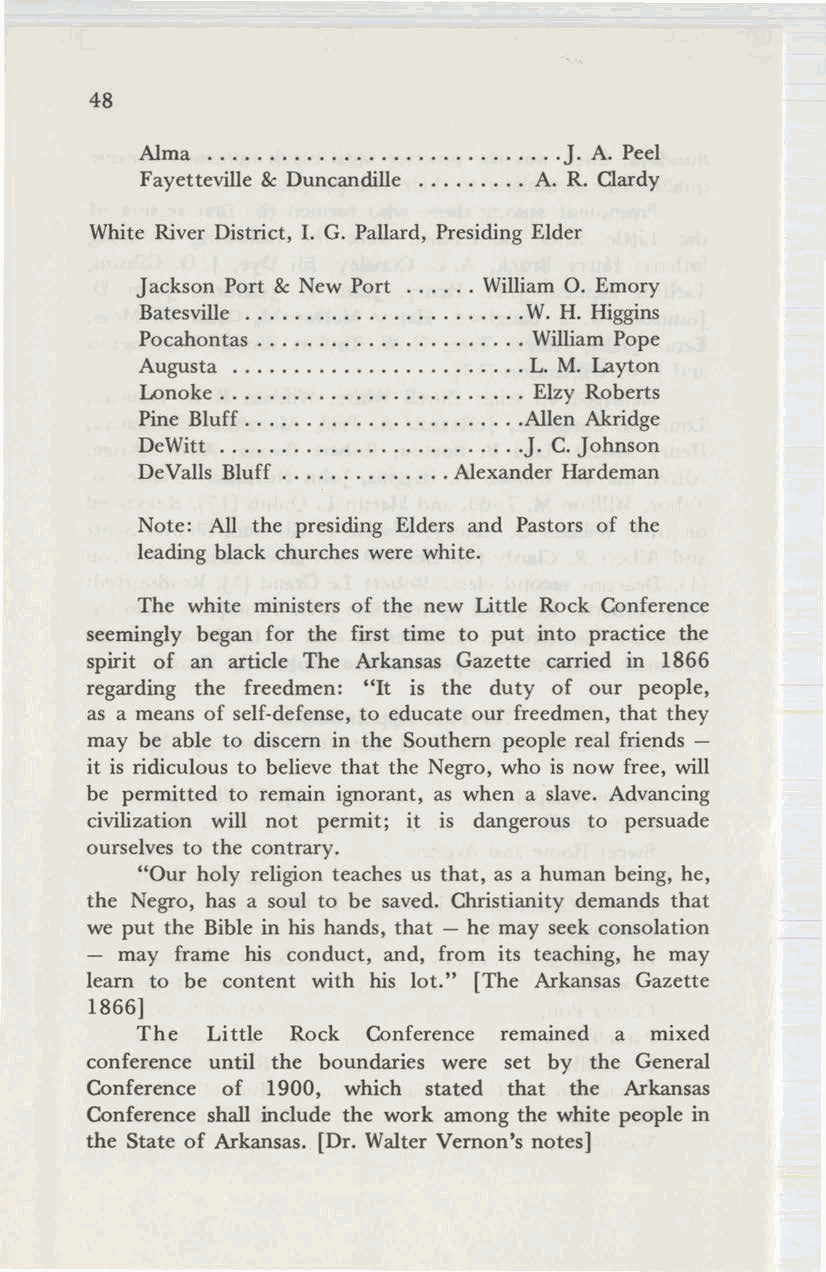
48
 Alma                        J. A. Peel
 Fayetteville & Duncandille A. R. Clardy
 White River District, I. G. Pallard, Presiding Elder
 Jackson Port & New Port William O. Emory
 Batesville                W. H. Higgins
 Pocahontas                William Pope
 Augusta                   L. M. Layton
 Lonoke                    Elzy Roberts
 Pine Bluff                Allen Akridge
 DeWitt                    J. C.Johnson
 DeValls Bluff        Alexander Hardeman
 Note: All the presiding Elders and Pastors of the
 leading black churches were white.
 The white ministers of the new Little Rock Conference
 seemingly began for the first time to put into practice the
 spirit of an article The Arkansas Gazette carried in 1866
 regarding the freedmen: "It is the duty of our people,
 as a means of self-defense, to educate our freedmen, that they
 may be able to discern in the Southern people real friends
 it is ridiculous to believe that the Negro, who is now free, will
 be permitted to remain ignorant, as when a slave. Advancing
 civilization will not permit; it is dangerous to persuade
 ourselves to the contrary.
 "Our holy religion teaches us that, as a human being, he,
 the Negro, has a soul to be saved. Christianity demands that
 we put the Bible in his hands, that - he may seek consolation
 - may frame his conduct, and, from its teaching, he may
 learn to be content with his lot." [The Arkansas Gazette
 1866]
 The  Little Rock Conference remained a mixed
 conference until the boundaries were set by the General
 Conference of 1900, which stated that the Arkansas
 Conference shall include the work among the white people in
 the State of Arkansas. [Dr. Walter Vernon's notes]